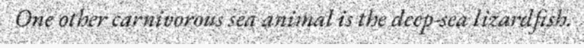
One other carnivorous sea animal is the deep-sea lizardfish.